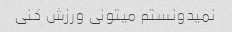
نمیدونستم میتونی ورزش کنی